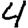
Digit: 4